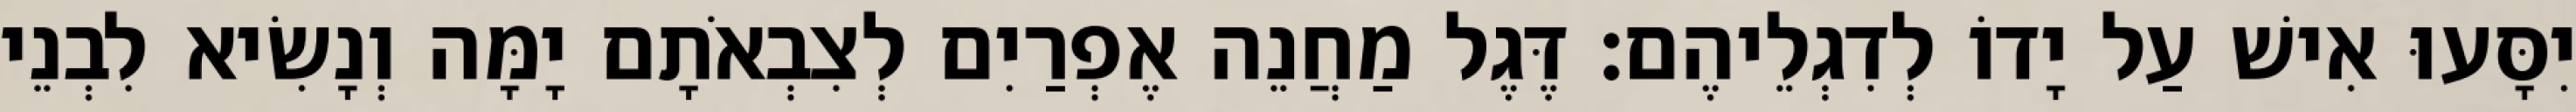
יִסָּעוּ אִישׁ עַל יָדוֹ לְדִגְלֵיהֶם׃ דֶּגֶל מַחֲנֵה אֶפְרַיִם לְצִבְאֹתָם יָמָּה וְנָשִׂיא לִבְנֵי